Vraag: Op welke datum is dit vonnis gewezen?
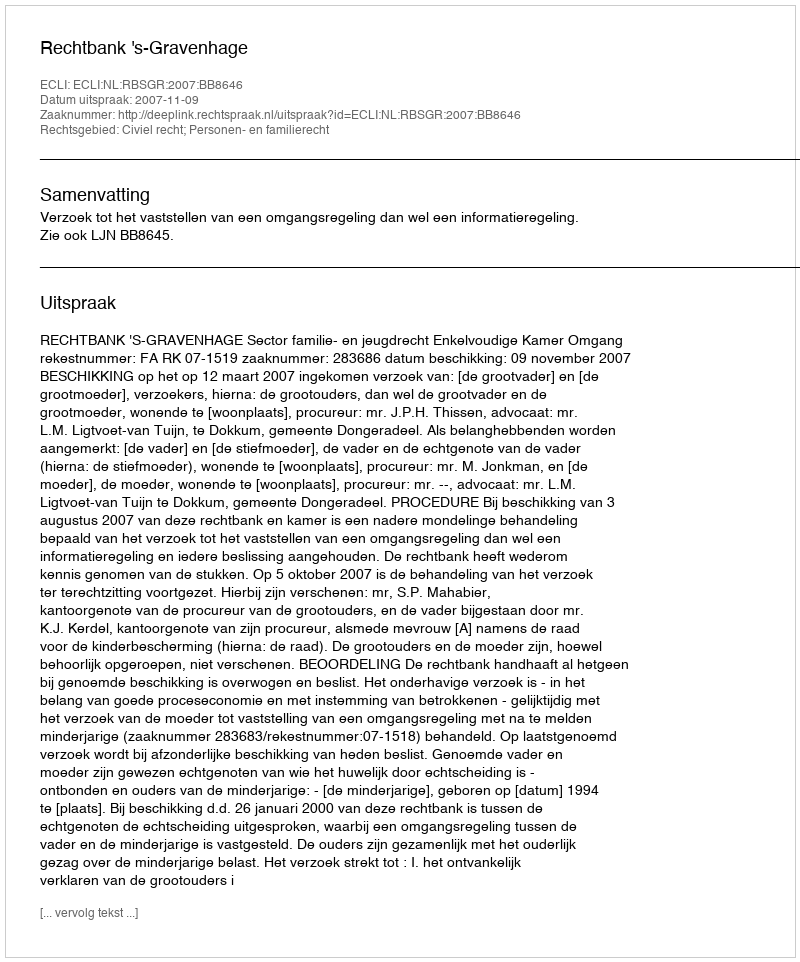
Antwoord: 2007-11-09